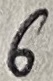
Text: 6